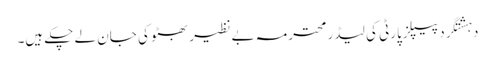
دہشتگرد پیپلزپارٹی کی لیڈر محترمہ بے نظیر بھٹو کی جان لے چکے ہیں۔